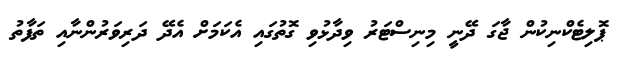
ޕޮލިޓެކްނިކުން ޖާގަ ދޭނީ މިނިސްޓަރު ވިދާޅުވި ގޮތުގައި އެކަމަށް އެދޭ ދަރިވަރުންނާއި ތަފާތު